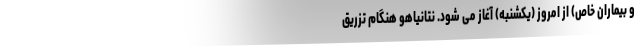
و بیماران خاص) از امروز (یکشنبه) آغاز می شود. نتانیاهو هنگام تزریق